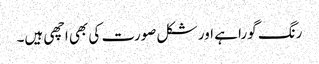
رنگ گورا ہے اور شکل صورت کی بھی اچھی ہیں۔